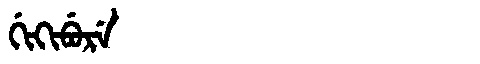
Manchu: ᡤᡳᡴᡳᠪᡠᡵᡝ
Romanization: GIKIBURE